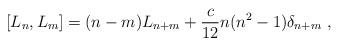
LaTeX: \begin{align*}\left[ L_n , L_m \right] = (n-m) L_{n+m} +{ c \over 12} n(n^2-1) \delta_{n+m} \ , \end{align*}